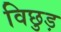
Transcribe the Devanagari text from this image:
विछुड़